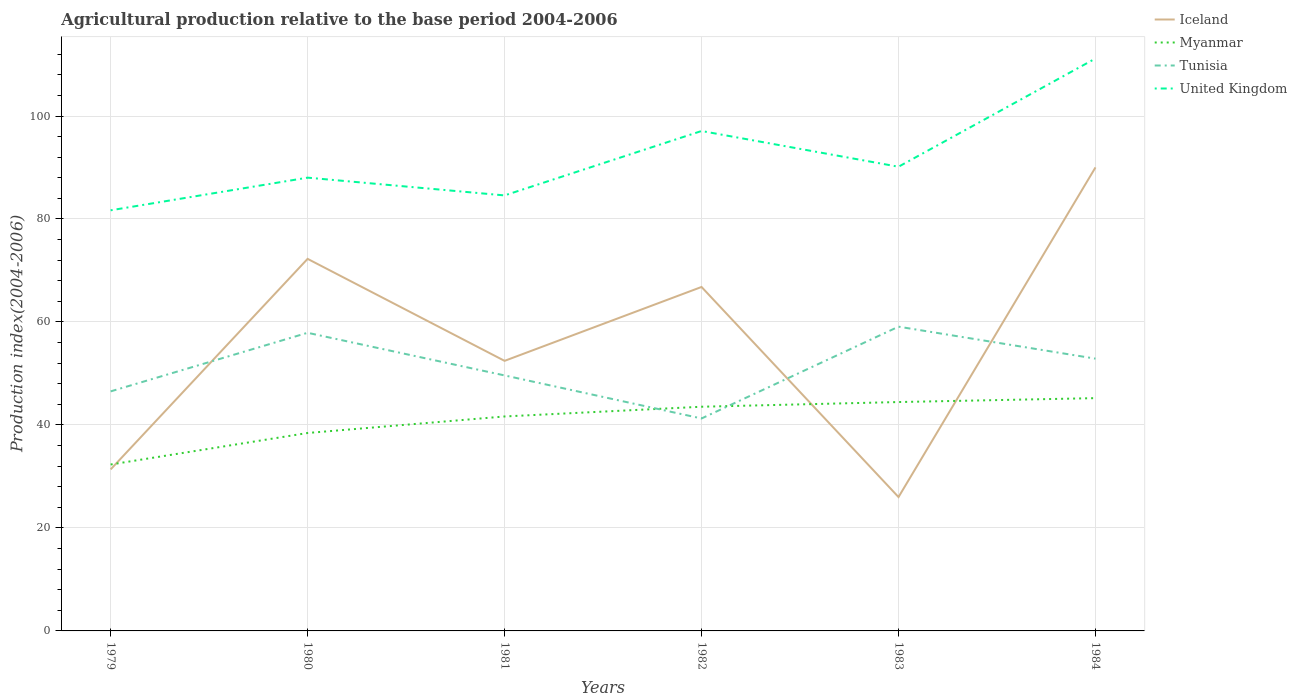
| Years | Iceland | Myanmar | Tunisia | United Kingdom |
 | --- | --- | --- | --- | --- |
 | 1979 | 31.4 | 32.3 | 46.5 | 81.7 |
 | 1980 | 72.3 | 38.4 | 57.9 | 88 |
 | 1981 | 52.5 | 41.6 | 49.6 | 84.6 |
 | 1982 | 66.8 | 43.5 | 41.3 | 97.1 |
 | 1983 | 26 | 44.5 | 59.1 | 90.2 |
 | 1984 | 90 | 45.2 | 52.9 | 111 |